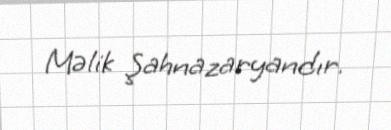
Məlik Şahnazaryandır.